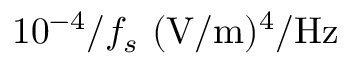
1 0 ^ { - 4 } / f _ { s } \, \, ( \mathrm { V / m } ) ^ { 4 } / \mathrm { H z }